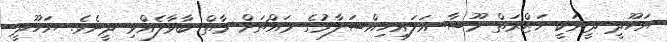
ޔަހޫދީ ދީނަކީ ޚަޒްރަތް މޫސާ އަލައިހިއްސަލާމުގެ މައްޗަށް މާތް ބާވާލެއްވި ދީނެވެ. ޔަހޫދީ